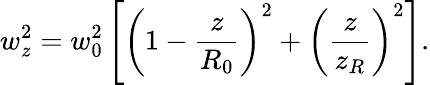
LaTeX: w_{z}^{2}=w_{0}^{2}\left[\left(1-\frac{z}{R_{0}}\right)^{2}+\left(\frac{z}{z_{R}}\right)^{2}\right].